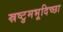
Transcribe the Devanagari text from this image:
स्रष्टुमभूदिच्छा